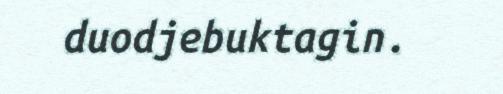
duodjebuktagin.